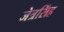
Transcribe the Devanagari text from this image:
जेत्रसिंह